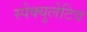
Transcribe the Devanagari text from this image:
स्पेक्युलेटिव